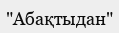
"Абақтыдан"